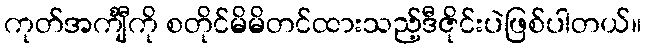
ကုတ်အင်္ကျီကို စတိုင်မိမိတင်ထားသည့်ဒီဇိုင်းပဲဖြစ်ပါတယ်။